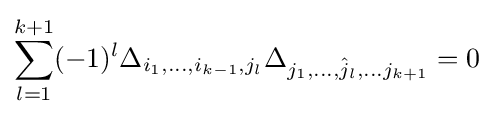
\sum _{l=1}^{k+1}(-1)^{l}\Delta _{i_{1},\dots ,i_{k-1},j_{l}}\Delta _{j_{1},\dots ,{\hat {j}}_{l},\dots j_{k+1}}=0